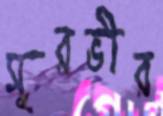
সুরভীর